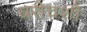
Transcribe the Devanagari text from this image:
बरीचशीं